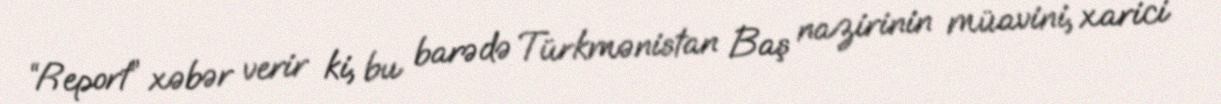
“Report” xəbər verir ki, bu barədə Türkmənistan Baş nazirinin müavini, xarici